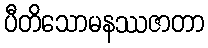
ပီတိသောမနဿဇာတာ